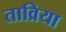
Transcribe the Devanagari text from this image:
ताव्रिया